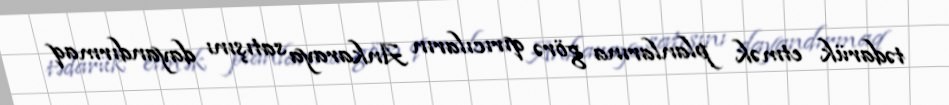
tədarük etmək planlarına görə qırıcıların Ankaraya satışını dayandırmaq